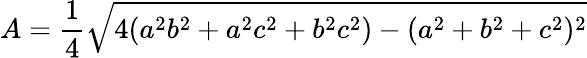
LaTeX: A={\frac{1}{4}}{\sqrt{4(a^{2}b^{2}+a^{2}c^{2}+b^{2}c^{2})-(a^{2}+b^{2}+c^{2})^{2}}}